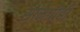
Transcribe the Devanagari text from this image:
सामग्रीही